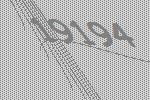
19194